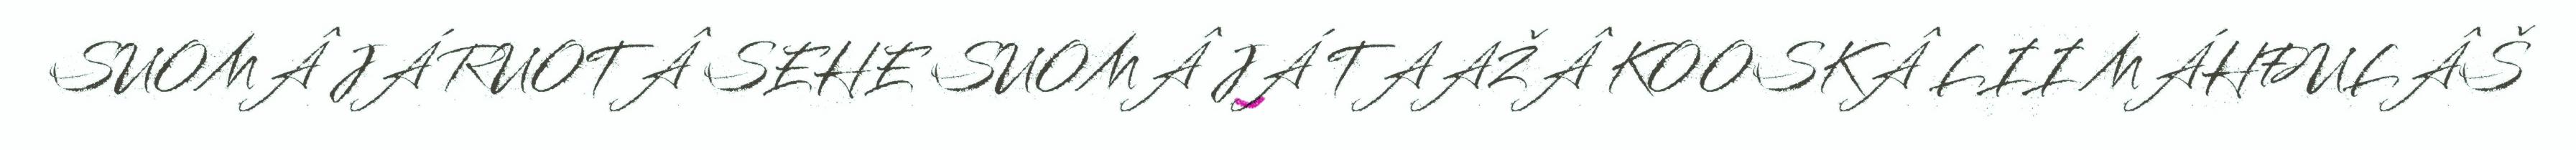
SUOMÂ JÁ RUOTÂ SEHE SUOMÂ JÁ TAAŽÂ KOOSKÂ LII MÁHĐULÂŠ